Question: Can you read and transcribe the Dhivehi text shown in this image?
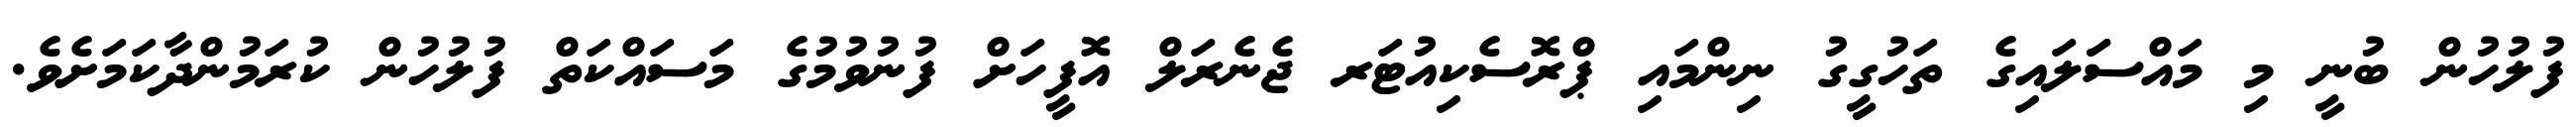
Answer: ފުލުހުން ބުނީ މި މައްސަަލައިގެ ތަހުގީގު ނިންމައި ޕްރޮސެކިއުޓަރ ޖެނެރަލް އޮފީހަށް ފުނުވުމުގެ މަސައްކަތް ފުލުހުން ކުރަމުންދާކަމަށެވެ.